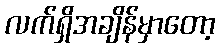
လက်ရှိအချိန်မှာတော့